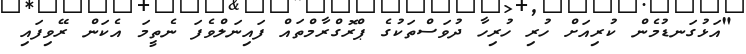
"އަޅުގަނޑުމެން ކުރިއަށް ހުރި ހުރިހާ ދުވަސްތަކުގެ ޕްރޮގްރާމްތައް ފައިނަލްވެފަ ނެތީމަ އެކަން ރޭވިފައި